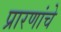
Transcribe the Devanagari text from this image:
प्रारणांचे